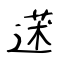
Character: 蒁